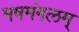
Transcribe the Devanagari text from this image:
मषमंगलम्